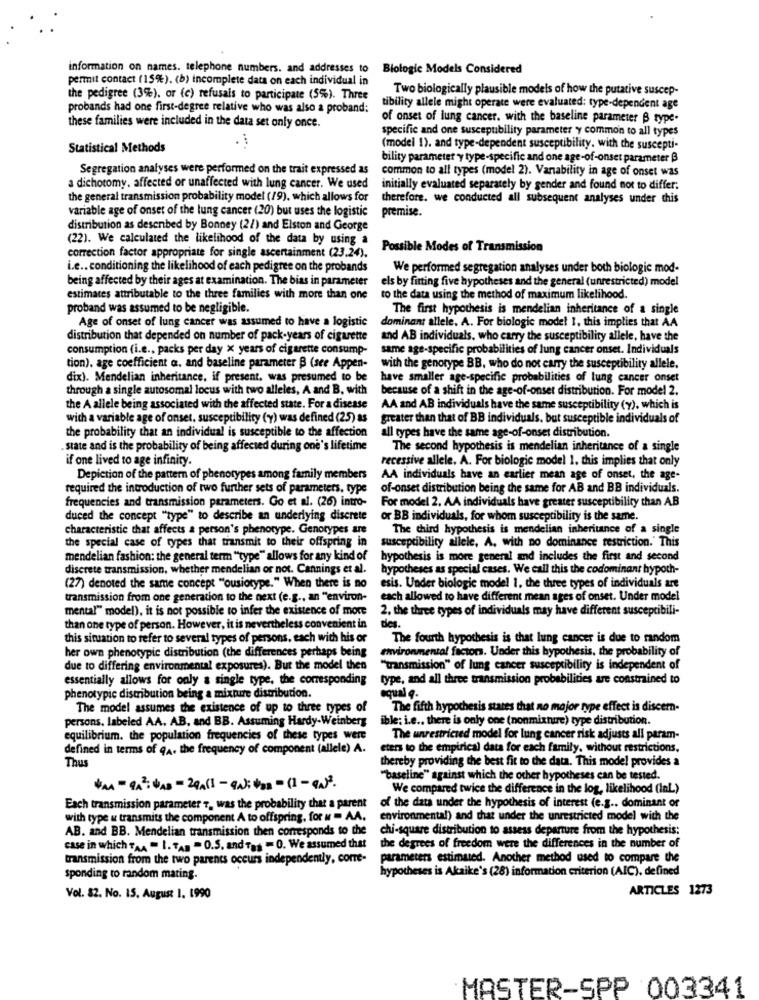
information on names. telephone numbers. and addresses to
Biologic Models Considered
permit contact (15%). (b) incomplete data on each individual in
Two biologically plausible models of how the putative suscep-
the pedigree (3%). or (c) refusals to participate (5%). Three
probands had one first-degree relative who was also a proband:
tibility allele might operate were evaluated: type-dependent age
of onset of lung cancer. with the baseline parameter B type.
these families were included in the data set only once.
specific and one susceptibility parameter y common to all types
Statistical Methods
(model 1). and type-dependent susceptibility. with the suscepti-
bility parameter y type-specific and one age-of-onset parameter B
Segregation analyses were performed on the trait expressed as
common to all types (model 2). Variability in age of onset was
a dichotomy. affected or unaffected with lung cancer. We used
initially evaluated separately by gender and found not to differ;
the general transmission probability model (19), which allows for
therefore, we conducted all subsequent analyses under this
variable age of onset of the lung cancer (20) but uses the logistic
premise.
distribution as desenbed by Bonney (21) and Elston and George
(22). We calculated the likelihood of the data by using a
Possible Modes of Transmission
correction factor appropriate for single ascertainment (23.24).
i.e .. conditioning the likelihood of each pedigree on the probands
We performed segregation analyses under both biologie mod-
being affected by their ages at examination. The bias in parameter
els by fitting five hypotheses and the general (unrestricted) model
estimates attributable to the three families with more than one
to the data using the method of maximum likelihood.
proband was assumed to be negligible.
The first hypothesis is mendelian inheritance of a single
Age of onset of lung cancer was assumed to have a logistic
dominant allele. A. For biologic mode! I, this implies that AA
distribution that depended on number of pack-years of cigarette
and AB individuals, who carry the susceptibility allele, have the
consumption (i.e ., packs per day x years of cigarette consump-
same age-specific probabilities of lung cancer onset. Individuals
tion), age coefficient a. and baseline parameter B (see Appen-
with the genotype BB, who do not carry the susceptibility allele.
dix). Mendelian inheritance, if present, was presumed to be
have smaller age-specific probabilities of lung cancer onset
through a single autosomal locus with two alleles, A and B, with
because of a shift in the age-of-onset distribution. For model 2.
the A allele being associated with the affected state. For a disease
AA and AB individuals have the same susceptibility (y), which is
with a variable age of onset, susceptibility (y) was defined (25) as
greater than that of BB individuals, but susceptible individuals of
the probability that an individual is susceptible to the affection
all types have the same age-of-onset distribution.
. state and is the probability of being affected during one's lifetime
The second hypothesis is mendelian inheritance of a single
if one lived to age infinity.
recessive allele. A. For biologic model 1. this implies that only
Depiction of the pattern of phenotypes among family members
AA individuals have an earlier mean age of onset, the age-
required the introduction of two further sets of parameters, type
of-onset distribution being the same for AB and BB individuals.
frequencies and transmission parameters. Go et al. (26) intro-
For model 2, AA individuals have greater susceptibility than A.B
duced the concept "type" to describe an underlying discrete
or BB individuals, for whom susceptibility is the same.
characteristic that affects a person's phenotype. Genotypes are
The third hypothesis is mendelian inheritance of a single
the special case of types that transmit to their offspring in
susceptibility allele, A, with no dominance restriction.' This
mendelian fashion: the general term "type" allows for any kind of
hypothesis is more general and includes the first and second
discrete transmission, whether mendelian or not. Cannings et al.
hypotheses as special cases. We call this the codominant hypoth-
(27) denoted the same concept "ousiotype." When there is no
esis. Under biologic model 1. the three types of individuals are
transmission from one generation to the next (e.g ., an "environ-
each allowed to have different mean ages of onset. Under model
mental" model), it is not possible to infer the existence of more
2. the three types of individuals may have different susceptibili-
des.
than one type of person. However, it is nevertheless convenient in
this situation to refer to several types of persons. each with his or
The fourth hypothesis is that lung cancer is due to random
environmental factors. Under this hypothesis, the probability of
her own phenotypic distribution (the differences perhaps being
due to differing environmental exposures). But the model then
"transmission" of lung cancer susceptibility is independent of
essentially allows for only a single type, the corresponding
type, and all three transmission probabilities are constrained to
qual q.
phenotypic distribution being a mixture distribution.
The model assumes the existence of up to three types of
The fifth hypothesis states that no major type effect is discern-
persons. labeled AA. AB. and BB. Assuming Hardy-Weinberg
ible: i.e ., there is only one (nonmixture) type distribution.
equilibrium. the population frequencies of these types were
The unrestricted model for lung cancer risk adjusts all param-
defined in terms of 94. the frequency of component (allele) A.
eters to the empirical data for each family. without restrictions.
Thus
thereby providing the best fit to the data. This model provides a
"baseline" against which the other hypotheses can be tested.
*AL - QA2: VAD -29Als - quitar -11-9N).
We compared twice the difference in the log, likelihood (InL.)
Each transmission parameter 7, was the probability that a parent
of the data under the hypothesis of interest (e.g .. dominant of
with type & transmits the component A to offspring, for " - AA.
environmental) and that under the unrestricted model with the
AB. and BB. Mendelian transmission then corresponds to the
chi-square distribution to assess departure from the hypothesis:
case in which "AA " I. TAB = O.S. and Tas = 0. We assumed that
the degrees of freedom were the differences in the number of
transmission from the two parents occurs independently, corre-
parameters estimated. Another method used to compare the
hypotheses is Akaike's (28) information criterion (AIC), defined
sponding to random mating.
ARTICLES 1273
Vol. 82. No. 15. August 1. 1990
MASTER-SPP 003341